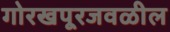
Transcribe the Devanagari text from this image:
गोरखपूरजवळील